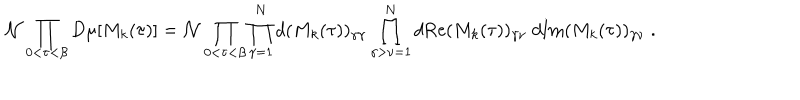
{ \cal N } \prod _ { 0 < \tau < \beta } D \mu [ M _ { k } ( \tau ) ] = { \cal N } \prod _ { 0 < \tau < \beta } \prod _ { \gamma = 1 } ^ { N } d ( M _ { k } ( \tau ) ) _ { \gamma \gamma } \prod _ { \gamma > \nu = 1 } ^ { N } d \mathrm { R e } ( M _ { k } ( \tau ) ) _ { \gamma \nu } \; d \mathrm { I m } ( M _ { k } ( \tau ) ) _ { \gamma \nu } \; .